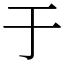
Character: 于